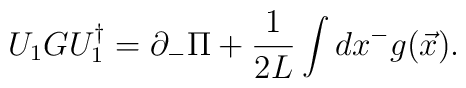
U_1 G U_1^\dagger = \partial_- \Pi + {1\over{2L}} \int dx^- g({\vec x}).